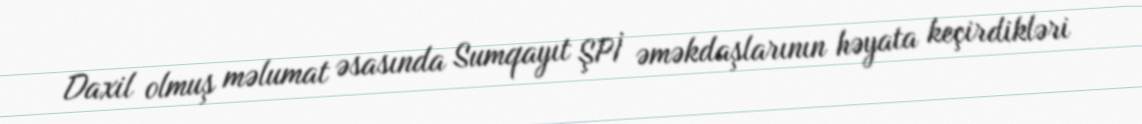
Daxil olmuş məlumat əsasında Sumqayıt ŞPİ əməkdaşlarının həyata keçirdikləri